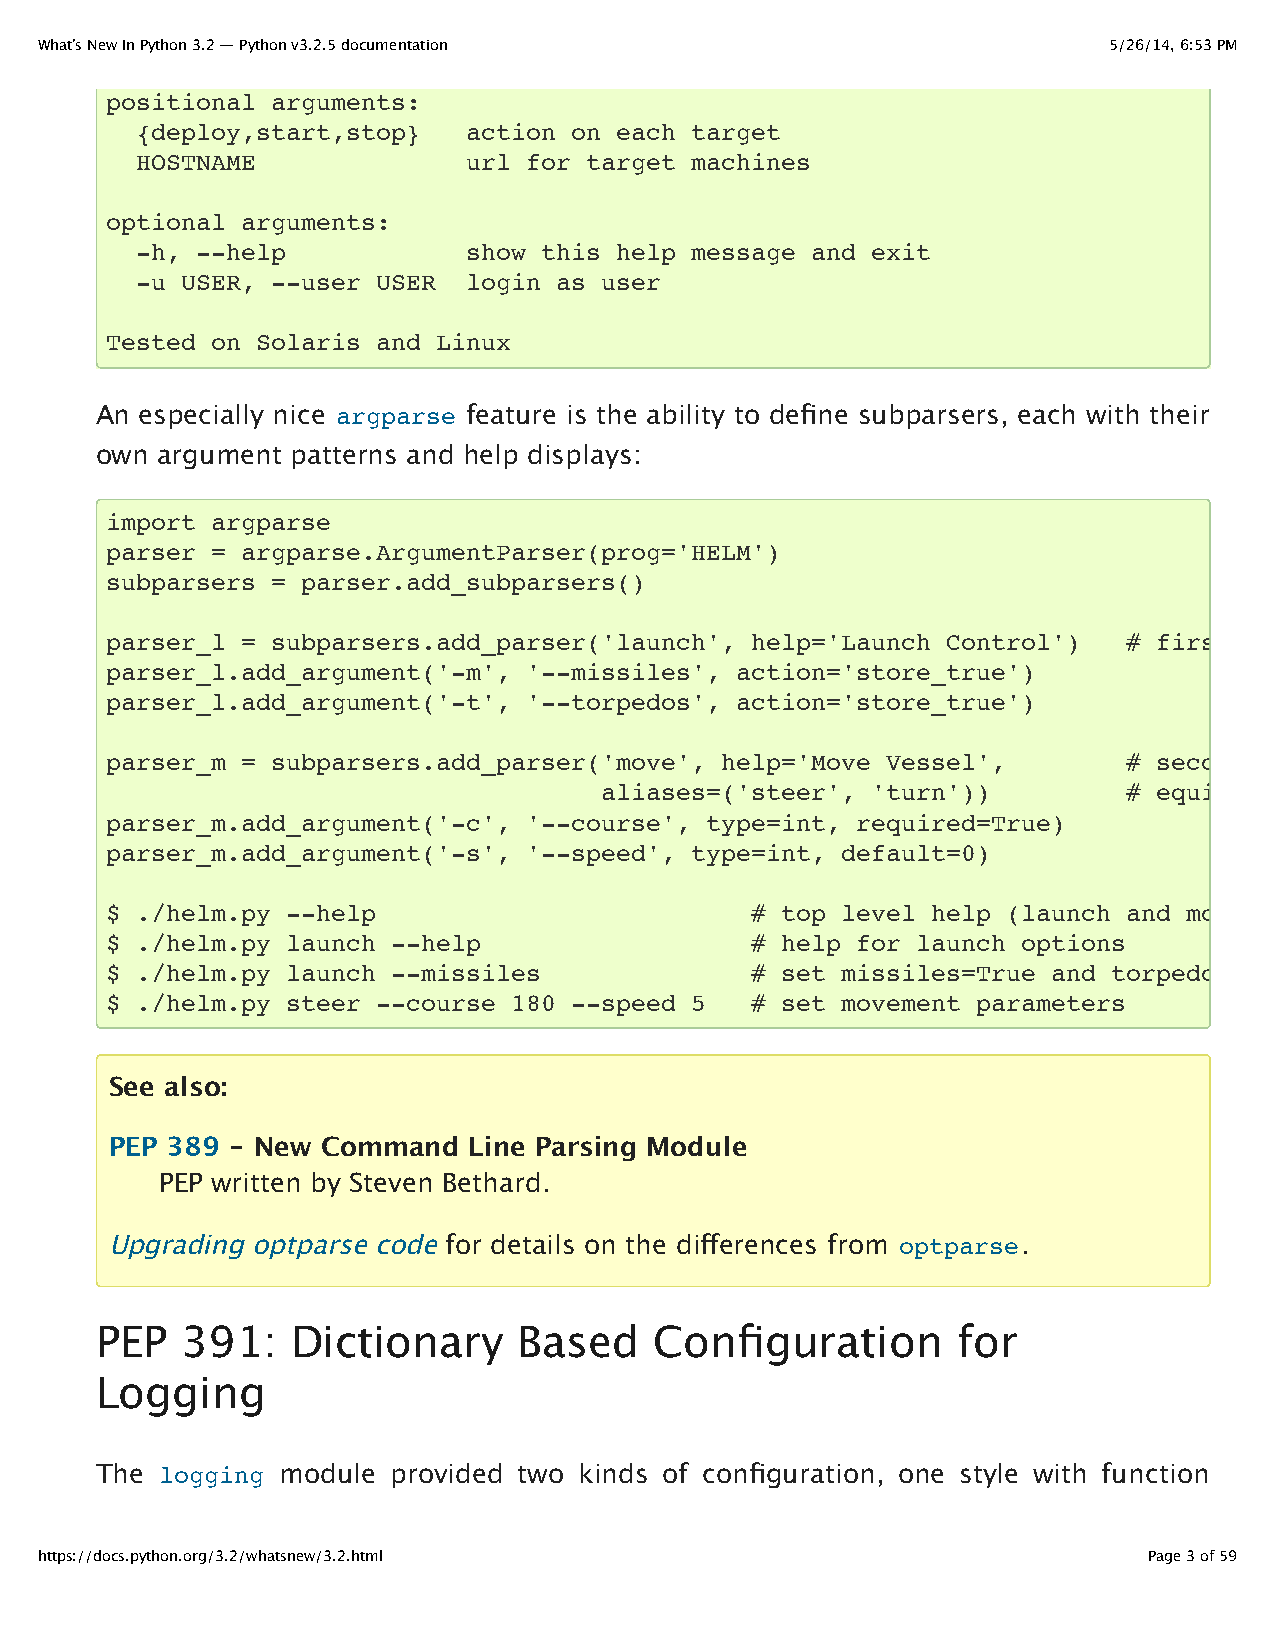
What’s New In Python 3.2 — Python v3.2.5 documentation                 5/26/14, 6:53 PM
 positional arguments:
 {deploy,start,stop}   action on each target
 HOSTNAME              url for target machines
 optional arguments:
 -h, --help            show this help message and exit
 -u USER, --user USER  login as user
 Tested on Solaris and Linux
 An especially nice argparse feature is the ability to define subparsers, each with their
 own argument patterns and help displays:
 import argparse
 parser = argparse.ArgumentParser(prog='HELM')
 subparsers = parser.add_subparsers()
 parser_l = subparsers.add_parser('launch', help='Launch Control')   # first subgroup
 parser_l.add_argument('-m', '--missiles', action='store_true')
 parser_l.add_argument('-t', '--torpedos', action='store_true')
 parser_m = subparsers.add_parser('move', help='Move Vessel',        # second subgroup
 aliases=('steer', 'turn'))         # equivalent names
 parser_m.add_argument('-c', '--course', type=int, required=True)
 parser_m.add_argument('-s', '--speed', type=int, default=0)
 $ ./helm.py --help                         # top level help (launch and move)
 $ ./helm.py launch --help                  # help for launch options
 $ ./helm.py launch --missiles              # set missiles=True and torpedos=False
 $ ./helm.py steer --course 180 --speed 5   # set movement parameters
 See also:
 PEP 389 - New Command   Line Parsing Module
 PEP written by Steven Bethard.
 Upgrading optparse code for details on the differences from optparse.
 PEP   391:   Dictionary     Based    Configuration       for
 Logging
 The  logging module provided two kinds of configuration, one style with function
 https://docs.python.org/3.2/whatsnew/3.2.html                             Page 3 of 59